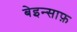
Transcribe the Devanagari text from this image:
बेइन्साफ़